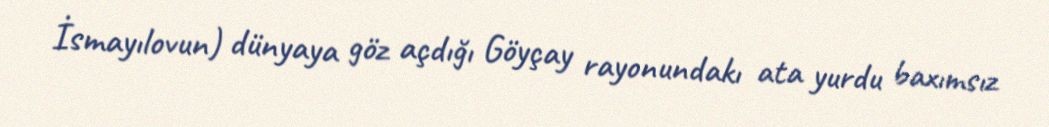
İsmayılovun) dünyaya göz açdığı Göyçay rayonundakı ata yurdu baxımsız